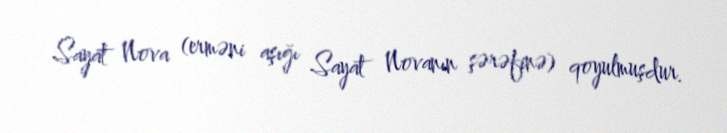
Sayat Nova (erməni aşığı Sayat Novanın şərəfinə) qoyulmuşdur.